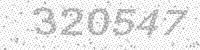
Solution: 320547